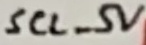
Text: SCL_5V